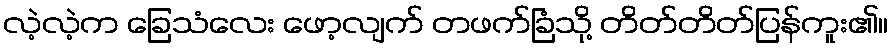
လဲ့လဲ့က ခြေသံလေး ဖော့လျက် တဖက်ခြံသို့ တိတ်တိတ်ပြန်ကူး၏။